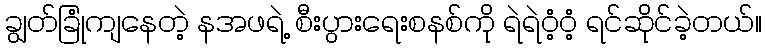
ချွတ်ခြုံကျနေတဲ့ နအဖရဲ့ စီးပွားရေးစနစ်ကို ရဲရဲဝံ့ဝံ့ ရင်ဆိုင်ခဲ့တယ်။